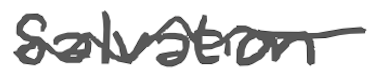
Text: salvation
Cross-out: wave
Writing tool: digital_gray